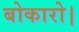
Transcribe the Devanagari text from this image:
बोकारो।